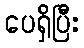
ပေရှိပြီး